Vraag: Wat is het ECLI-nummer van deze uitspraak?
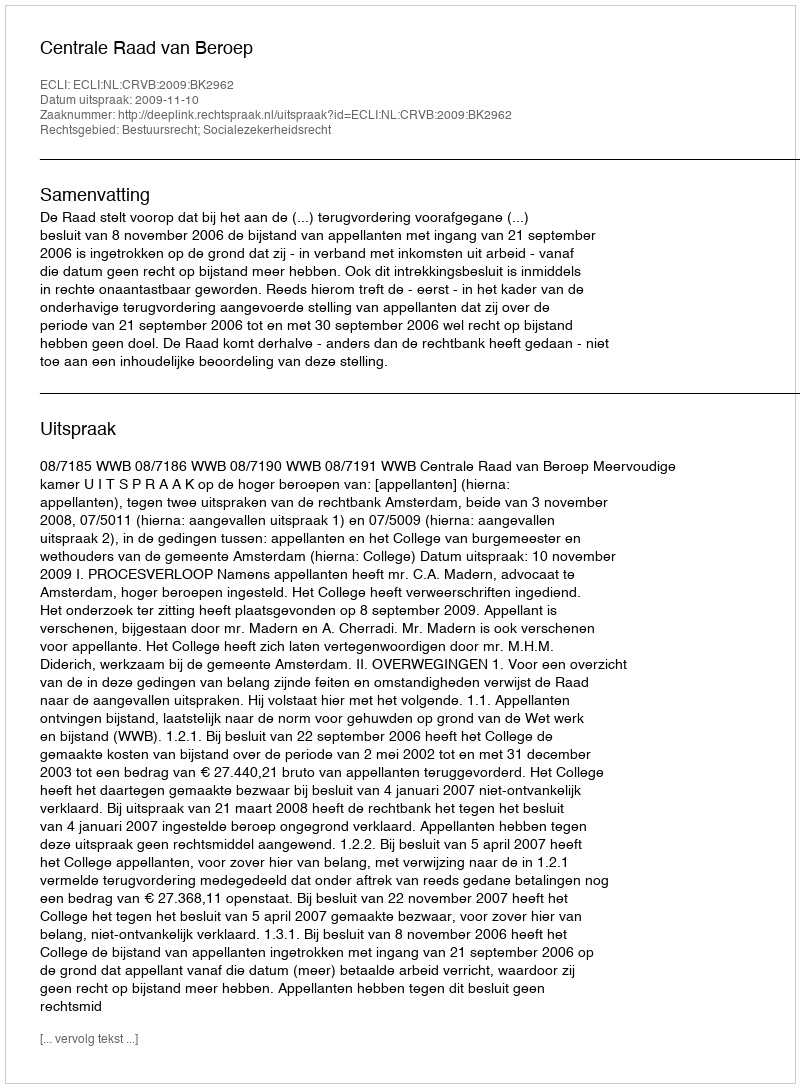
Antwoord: ECLI:NL:CRVB:2009:BK2962